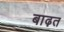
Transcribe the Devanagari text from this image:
बाढ़त